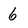
Character: 6